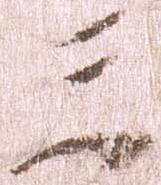
三